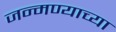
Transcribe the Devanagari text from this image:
जन्मण्याच्या